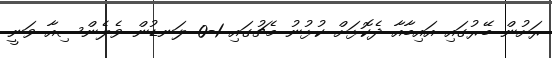
ރަށުން ބޭރުގައި އައިބާއާ ދެކޮޅަށް ކުޅުނު މެޗުގައި 1-0 ލަނޑުން ވެލެންސިއާ ވަނީ